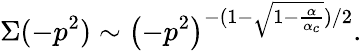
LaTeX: \Sigma{(-p^{2})}\sim\left(-p^{2}\right)^{-(1-\sqrt{1-\frac{\alpha}{\alpha_{c}}})/2}.